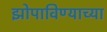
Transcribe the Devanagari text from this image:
झोपाविण्याच्या